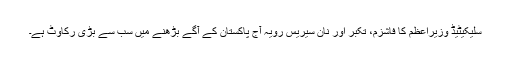
سلیکیٹیڈ وزیراعظم کا فاشزم، تکبر اور نان سیریس رویہ آج پاکستان کے آگے بڑھنے میں سب سے بڑی رکاوٹ ہے۔